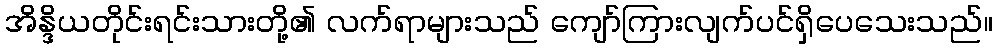
အိန္ဒိယတိုင်းရင်းသားတို့၏ လက်ရာများသည် ကျော်ကြားလျက်ပင်ရှိပေသေးသည်။